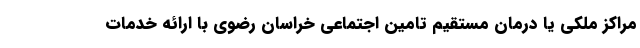
مراکز ملکی یا درمان مستقیم تامین اجتماعی خراسان رضوی با ارائه خدمات